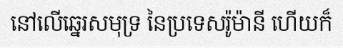
នៅលើឆ្នេរសមុទ្រ នៃប្រទេសរ៉ូម៉ានី ហើយក៏